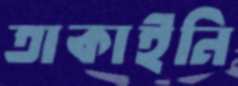
তাকাইনি